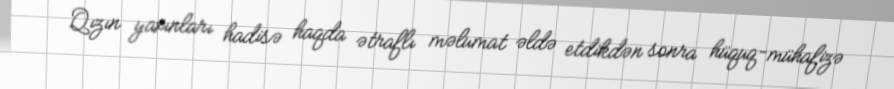
Qızın yaxınları hadisə haqda ətraflı məlumat əldə etdikdən sonra hüquq-mühafizə